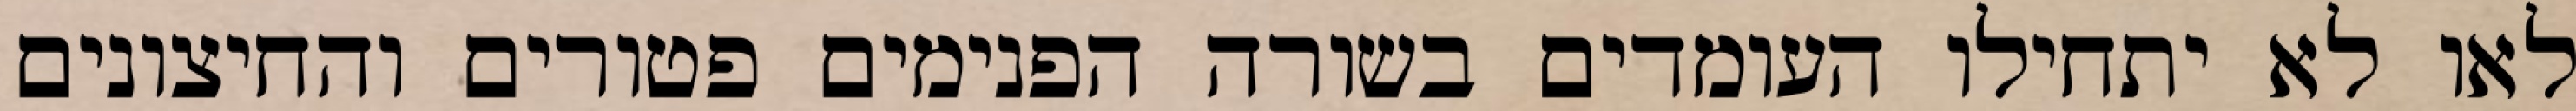
לאו לא יתחילו העומדים בשורה הפנימים פטורים והחיצונים